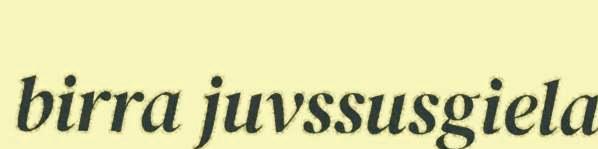
birra juvssusgiela